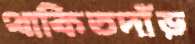
থাকিতদাঁড়